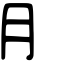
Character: ⺝